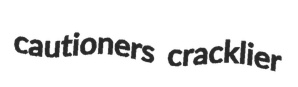
cautioners cracklier